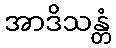
အာဒိသန္တံ